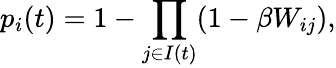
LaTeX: p_{i}(t)=1-\prod_{j\in I(t)}(1-\beta W_{ij}),